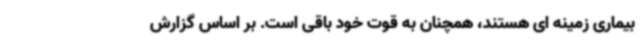
بیماری زمینه ای هستند، همچنان به قوت خود باقی است. بر اساس گزارش